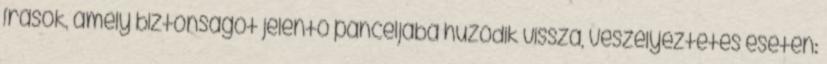
írások, amely biztonságot jelentő páncéljába húzódik vissza, veszélyeztetés esetén: